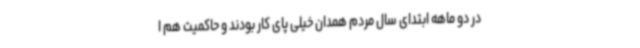
در دو ماهه ابتدای سال مردم همدان خیلی پای کار بودند و حاکمیت هم ا